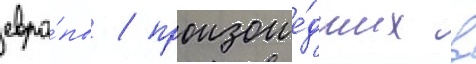
евро́пы / произоше́дших в